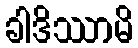
ခါဒိဿာမိ